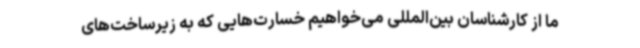
ما از کارشناسان بین‌المللی می‌خواهیم خسارت‌هایی که به زیرساخت‌های